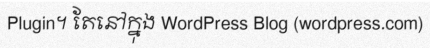
Plugin។ តែនៅក្នុង WordPress Blog (wordpress.com)